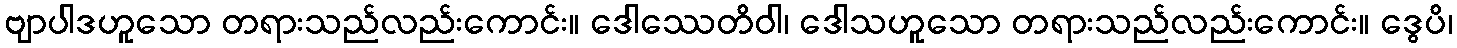
ဗျာပါဒဟူသော တရားသည်လည်းကောင်း။ ဒေါဿေတိဝါ၊ ဒေါသဟူသော တရားသည်လည်းကောင်း။ ဒွေပိ၊